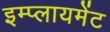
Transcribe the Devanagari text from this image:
इम्प्लायमेंट